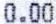
0.00